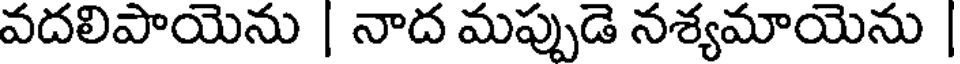
వదలిపాయెను | నాద మప్పుడె నశ్యమాయెను |